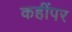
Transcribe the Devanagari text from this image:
कहींपर